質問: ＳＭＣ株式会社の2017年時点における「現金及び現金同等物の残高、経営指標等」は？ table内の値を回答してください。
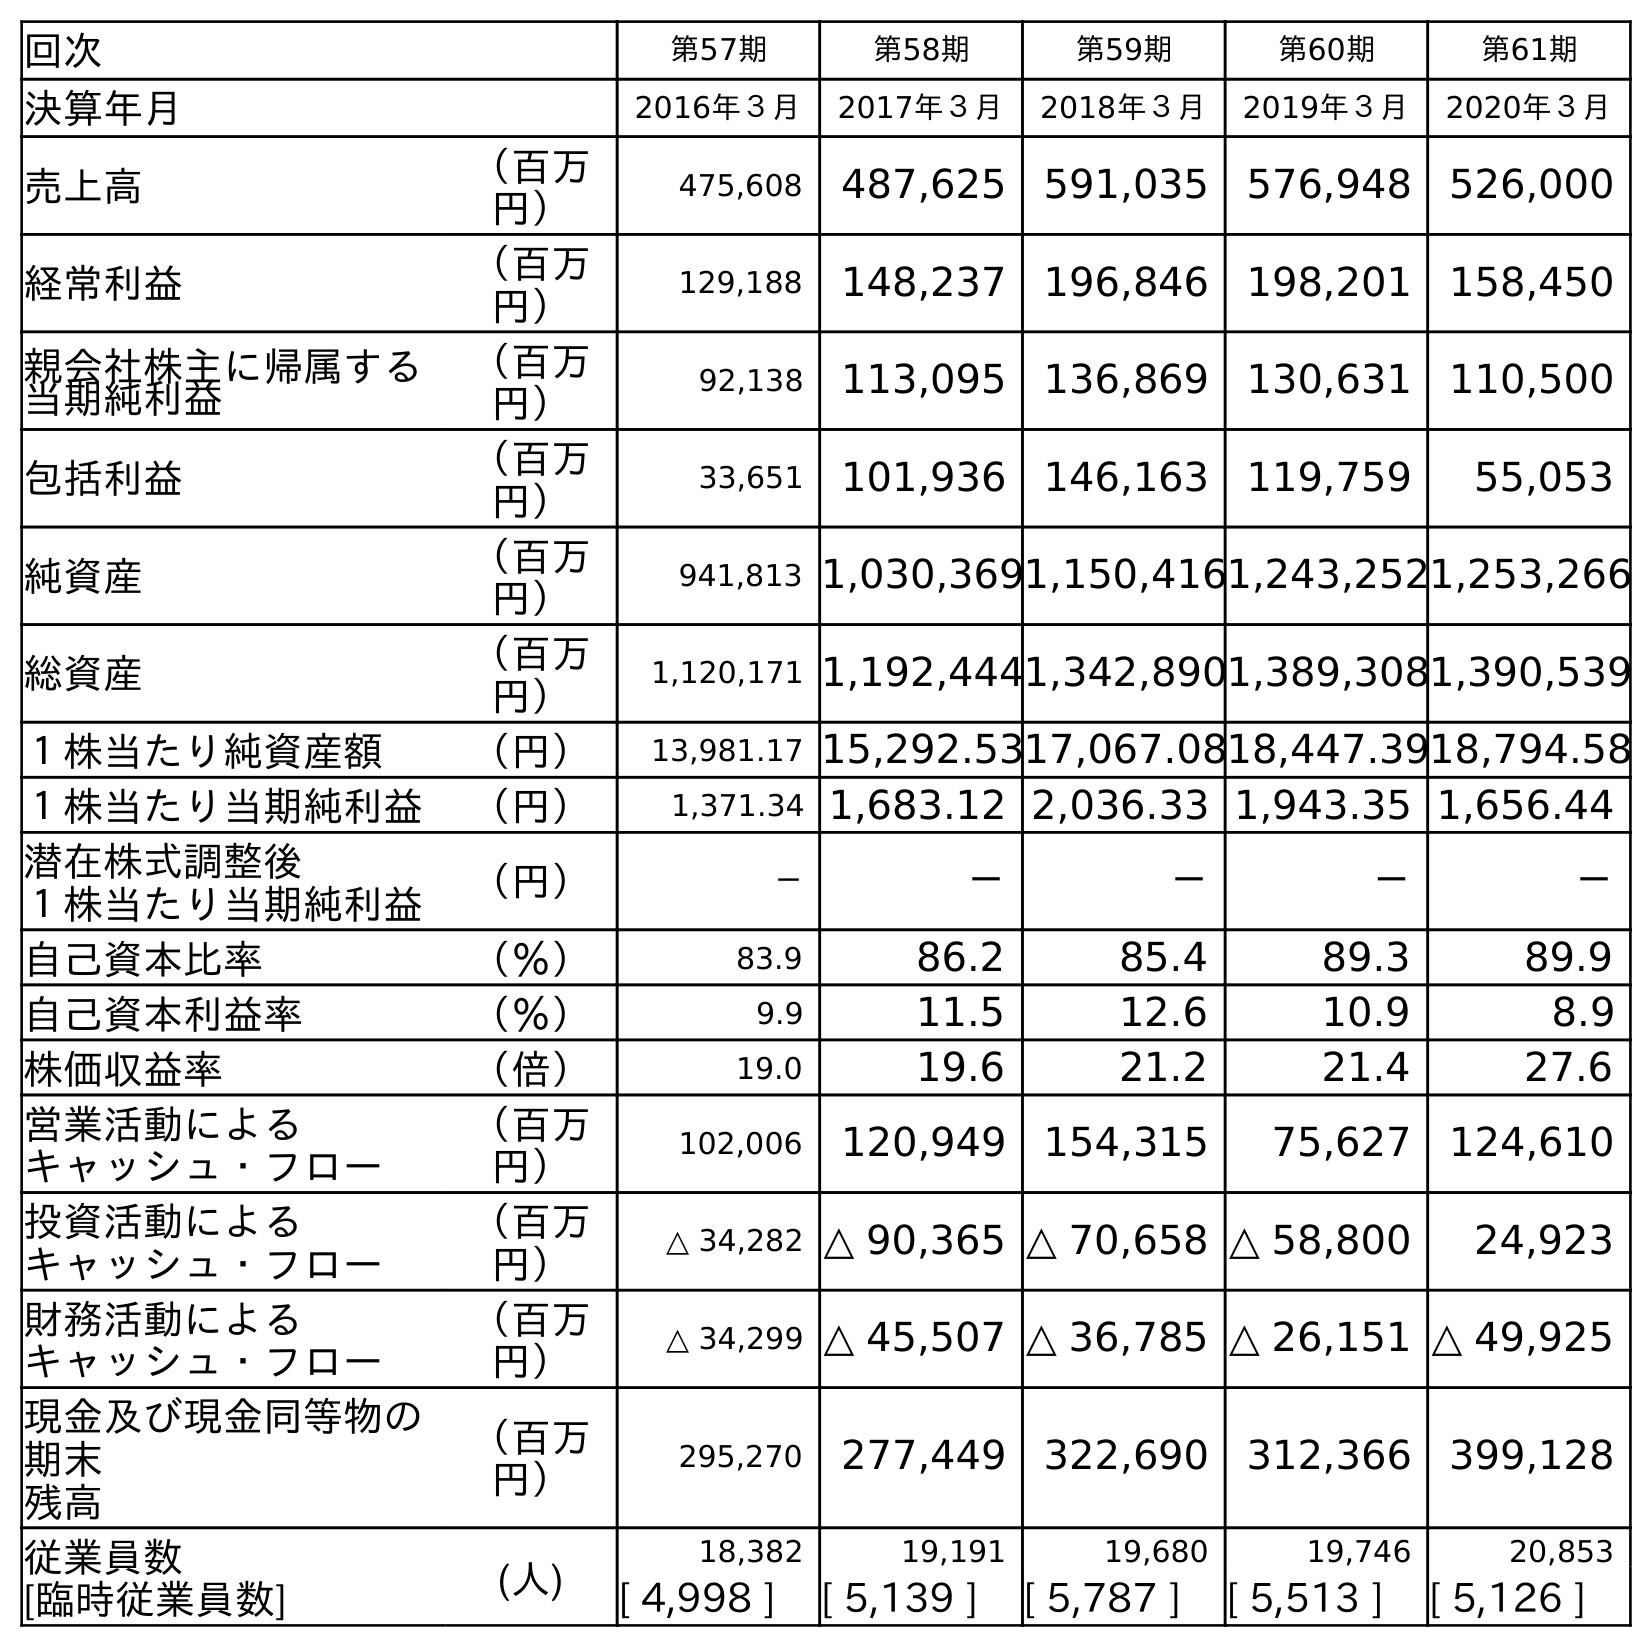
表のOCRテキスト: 回次 第57期 第58期 第59期 第60期 第61期 決算年月 2016年３月 2017年３月 2018年３月 2019年３月 2020年３月 売上高 （百万 円） 475,608 487,625 591,035 576,948 526,000 経常利益 （百万 円） 129,188 148,237 196,846 198,201 158,450 親会社株主に帰属する 当期純利益 （百万 円） 92,138 113,095 136,869 130,631 110,500 包括利益 （百万 円） 33,651 101,936 146,163 119,759 55,053 純資産 （百万 円） 941,813 1,030,3691,150,4161,243,2521,253,266 総資産 （百万 円） 1,120,171 1,192,4441,342,8901,389,3081,390,539 １株当たり純資産額 （円） 13,981.17 15,292.5317,067.0818,447.3918,794.58 １株当たり当期純利益 （円） 1,371.34 1,683.12 2,036.33 1,943.35 1,656.44 潜在株式調整後 １株当たり当期純利益 （円） － － － － － 自己資本比率 （％） 83.9 86.2 85.4 89.3 89.9 自己資本利益率 （％） 9.9 11.5 12.6 10.9 8.9 株価収益率 （倍） 19.0 19.6 21.2 21.4 27.6 営業活動による キャッシュ・フロー （百万 円） 102,006 120,949 154,315 75,627 124,610 投資活動による キャッシュ・フロー （百万 円） △ 34,282 △ 90,365 △ 70,658 △ 58,800 24,923 財務活動による キャッシュ・フロー （百万 円） △ 34,299 △ 45,507 △ 36,785 △ 26,151 △ 49,925 現金及び現金同等物の 期末 残高 （百万 円） 295,270 277,449 322,690 312,366 399,128 従業員数 [臨時従業員数] (人) 18,382 19,191 19,680 19,746 20,853 [ 4,998 ] [ 5,139 ] [ 5,787 ] [ 5,513 ] [ 5,126 ]
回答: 277,449